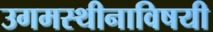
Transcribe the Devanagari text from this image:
उगमस्थीनाविषयी